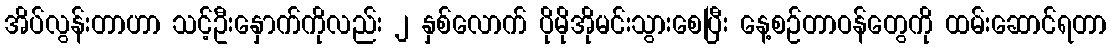
အိပ်လွန်းတာဟာ သင့်ဦးနှောက်ကိုလည်း ၂ နှစ်လောက် ပိုမိုအိုမင်းသွားစေပြီး နေ့စဉ်တာဝန်တွေကို ထမ်းဆောင်ရတာ